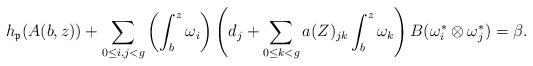
LaTeX: \begin{align*}h _{\mathfrak{p}}(A(b,z))+\sum _{0\leq i,j<g}\left(\int ^z _b \omega _i \right)\left(d_j +\sum _{0\leq k<g} a(Z)_{jk}\int ^z _b \omega _k \right)B(\omega _i ^* \otimes \omega _j ^* )= \beta .\end{align*}